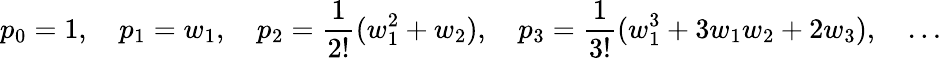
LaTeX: p_{0}=1,\quad p_{1}=w_{1},\quad p_{2}=\frac 1{2!}(w_{1}^{2}+w_{2}),\quad p_{3}=\frac 1{3!}(w_{1}^{3}+3w_{1}w_{2}+2w_{3}),\quad\ldots